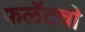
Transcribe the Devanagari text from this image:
फलॅटची